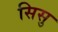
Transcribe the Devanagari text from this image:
सिसु